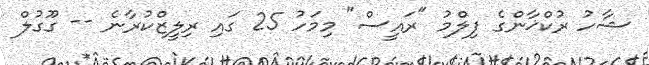
ޝާހު ރުކްޚާންގެ ފިލްމު "ރައީސް" މިމަހު 25 ގައި ރިލީޒްކުރާނެ -- ގޫގުލް